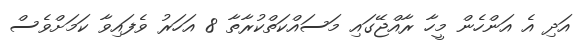
އަދި އެ އަންހެން މީހާ ރާއްޖޭގައި މަސައްކަތްކުރާތާ 8 އަހަރު ވެފައިވާ ކަމަށްވެސް